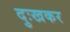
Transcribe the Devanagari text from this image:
दुःखकर